Calcutta medical institutions reports 1892-1900
Year: 1892
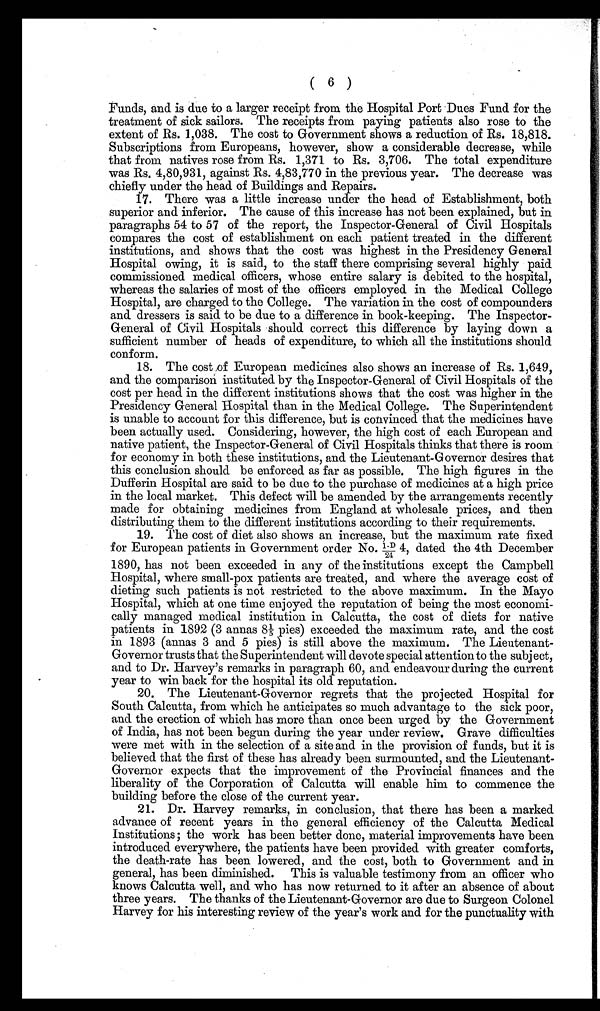
( 6 )
Funds, and is due to a larger receipt from the Hospital Port Dues Fund for the
treatment of sick sailors. The receipts from paying patients also rose to the
extent of Rs. 1,038. The cost to Government shows a reduction of Rs. 18,818.
Subscriptions from Europeans, however, show a considerable decrease, while
that from natives rose from Rs. 1,371 to Rs. 3,706. The total expenditure
was Rs. 4,80,931, against Rs. 4,83,770 in the previous year. The decrease was
chiefly under the head of Buildings and Repairs.
17. There was a little increase under the head of Establishment, both
superior and inferior. The cause of this increase has not been explained, but in
paragraphs 54 to 57 of the report, the Inspector-General of Civil Hospitals
compares the cost of establishment on each patient treated in the different
institutions, and shows that the cost was highest in the Presidency General
Hospital owing, it is said, to the staff there comprising several highly paid
commissioned medical officers, whose entire salary is debited to the hospital,
whereas the salaries of most of the officers employed in the Medical College
Hospital, are charged to the College. The variation in the cost of compounders
and dressers is said to be due to a difference in book-keeping. The Inspector-
General of Civil Hospitals should correct this difference by laying down a
sufficient number of heads of expenditure, to which all the institutions should
conform.
18. The cost of European medicines also shows an increase of Rs. 1,649,
and the comparison instituted by the Inspector-General of Civil Hospitals of the
cost per head in the different institutions shows that the cost was higher in the
Presidency General Hospital than in the Medical College. The Superintendent
is unable to account for this difference, but is convinced that the medicines have
been actually used. Considering, however, the high cost of each European and
native patient, the Inspector-General of Civil Hospitals thinks that there is room
for economy in both these institutions, and the Lieutenant-Governor desires that
this conclusion should be enforced as far as possible. The high figures in the
Dufferin Hospital are said to be due to the purchase of medicines at a high price
in the local market. This defect will be amended by the arrangements recently
made for obtaining medicines from England at wholesale prices, and then
distributing them to the different institutions according to their requirements.
19. The cost of diet also shows an increase, but the maximum rate fixed
for European patients in Government order No. 1-D/24 4, dated the 4th December
1890, has not been exceeded in any of the institutions except the Campbell
Hospital, where small-pox patients are treated, and where the average cost of
dieting such patients is not restricted to the above maximum. In the Mayo
Hospital, which at one time enjoyed the reputation of being the most economi
cally managed medical institution in Calcutta, the cost of diets for native
patients in 1892 (3 annas 81/5p i e s ) e x c e e d e d t h e m a x i m u m r a t e , a n d t h e c o s t
in 1893 (annas 3 and 5 pies) is still above the maximum. The Lieutenant-
Governor trusts that the Superintendent will devote special attention to the subject,
and to Dr. Harvey's remarks in paragraph 60, and endeavour during the current
year to win back for the hospital its old reputation.
20. The Lieutenant-Governor regrets that the projected Hospital for
South Calcutta, from which he anticipates so much advantage to the sick poor,
and the erection of which has more than once been urged by the Government
of India, has not been begun during the year under review. Grave difficulties
were met with in the selection of a site and in the provision of funds, but it is
believed that the first of these has already been surmounted, and the Lieutenant-
Governor expects that the improvement of the Provincial finances and the
liberality of the Corporation of Calcutta will enable him to commence the
building before the close of the current year.
21. Dr. Harvey remarks, in conclusion, that there has been a marked
advance of recent years in the general efficiency of the Calcutta Medical
Institutions; the work has been better done, material improvements have been
introduced everywhere, the patients have been provided with greater comforts,
the death-rate has been lowered, and the cost, both to Government and in
general, has been diminished. This is valuable testimony from an officer who
knows Calcutta well, and who has now returned to it after an absence of about
three years. The thanks of the Lieutenant-Governor are due to Surgeon Colonel
Harvey for his interesting review of the year's work and for the punctuality with